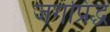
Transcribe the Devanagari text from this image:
जगप्रिद्ध